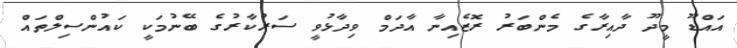
އައްޑޫ މީދޫ ދާއިރާގެ މެންބަރު ރޮޒެއިނާ އާދަމް ވިދާޅުވީ ސަރުކާރުގެ ބޭނުމަކީ ކައުންސިލްތައް